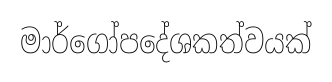
මාර්ගෝපදේශකත්වයක්